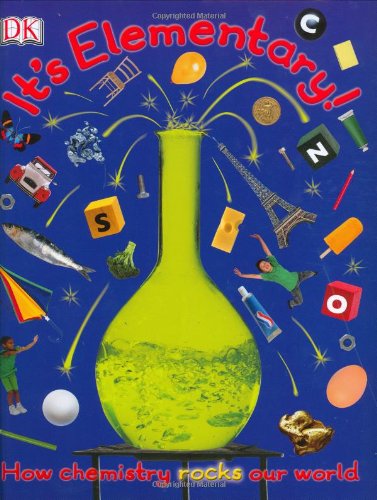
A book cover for It's Elementary!: How chemistry rocks our world; Robert Winston; Children's Books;